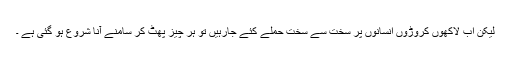
لیکن اب لاکھوں کروڑوں انسانوں پر سخت سے سخت حملے کئے جارہیں تو ہر چیز پھٹ کر سامنے آنا شروع ہو گئی ہے ۔